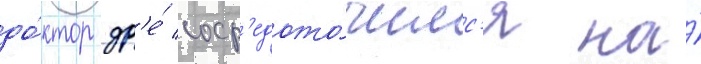
до́ктор др'е́ соср'едото́чилс'я на́